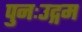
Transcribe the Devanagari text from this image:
पुनःउद्गम